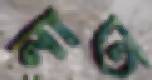
নাত